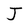
Character: J